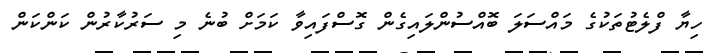
ހިޔާ ފްލެޓުތަކުގެ މައްސަލަ ބޮއްސުންލައިގެން ގޮސްފައިވާ ކަމަށް ބުނެ މި ސަރުކާރުން ކަންކަން